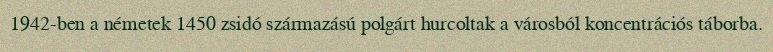
1942-ben a németek 1450 zsidó származású polgárt hurcoltak a városból koncentrációs táborba.